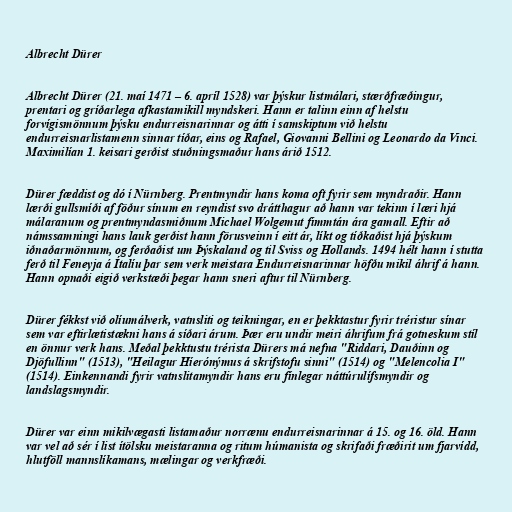
Albrecht Dürer

Albrecht Dürer (21. maí 1471 – 6. apríl 1528) var þýskur listmálari, stærðfræðingur,
prentari og gríðarlega afkastamikill myndskeri. Hann er talinn einn af helstu
forvígismönnum þýsku endurreisnarinnar og átti í samskiptum við helstu
endurreisnarlistamenn sinnar tíðar, eins og Rafael, Giovanni Bellini og Leonardo da Vinci.
Maximilían 1. keisari gerðist stuðningsmaður hans árið 1512.

Dürer fæddist og dó í Nürnberg. Prentmyndir hans koma oft fyrir sem myndraðir. Hann
lærði gullsmíði af föður sínum en reyndist svo drátthagur að hann var tekinn í læri hjá
málaranum og prentmyndasmiðnum Michael Wolgemut fimmtán ára gamall. Eftir að
námssamningi hans lauk gerðist hann förusveinn í eitt ár, líkt og tíðkaðist hjá þýskum
iðnaðarmönnum, og ferðaðist um Þýskaland og til Sviss og Hollands. 1494 hélt hann í stutta
ferð til Feneyja á Ítalíu þar sem verk meistara Endurreisnarinnar höfðu mikil áhrif á hann.
Hann opnaði eigið verkstæði þegar hann sneri aftur til Nürnberg.

Dürer fékkst við olíumálverk, vatnsliti og teikningar, en er þekktastur fyrir tréristur sínar
sem var eftirlætistækni hans á síðari árum. Þær eru undir meiri áhrifum frá gotneskum stíl
en önnur verk hans. Meðal þekktustu trérista Dürers má nefna "Riddari, Dauðinn og
Djöfullinn" (1513), "Heilagur Híerónýmus á skrifstofu sinni" (1514) og "Melencolia I"
(1514). Einkennandi fyrir vatnslitamyndir hans eru fínlegar náttúrulífsmyndir og
landslagsmyndir.

Dürer var einn mikilvægasti listamaður norrænu endurreisnarinnar á 15. og 16. öld. Hann
var vel að sér í list ítölsku meistaranna og ritum húmanista og skrifaði fræðirit um fjarvídd,
hlutföll mannslíkamans, mælingar og verkfræði.